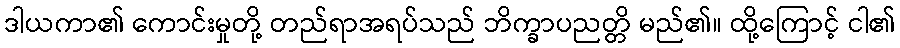
ဒါယကာ၏ ကောင်းမှုတို့ တည်ရာအရပ်သည် ဘိက္ခာပညတ္တိ မည်၏။ ထို့ကြောင့် ငါ၏